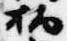
柄